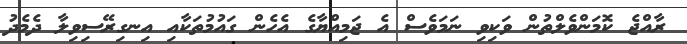
ރާއްޖެ ކޮމަންވެލްތުން ވަކިވި ނަމަވެސް އެ ޖަމިއްޔާގެ އެހެން ގައުމުތަކާއި އިނގިރޭސިވިލާ ދެމެދު